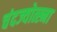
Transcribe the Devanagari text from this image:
चंदज्योत्स्ना